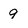
Character: 9